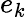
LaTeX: e_{k}